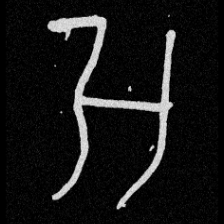
Pyu character \u2014 Myanmar letter: အ (romanized: a)